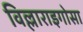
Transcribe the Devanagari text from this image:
विल्लाराइगोसा